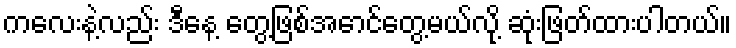
ကလေးနဲ့လည်း ဒီနေ့ တွေ့ဖြစ်အောင်တွေ့မယ်လို့ ဆုံးဖြတ်ထားပါတယ်။